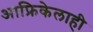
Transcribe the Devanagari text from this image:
आफ्रिकेलाही